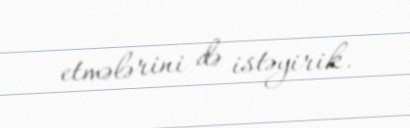
etmələrini də istəyirik.